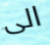
الى